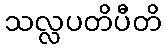
သလ္လပတိပီတိ